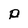
Character: p